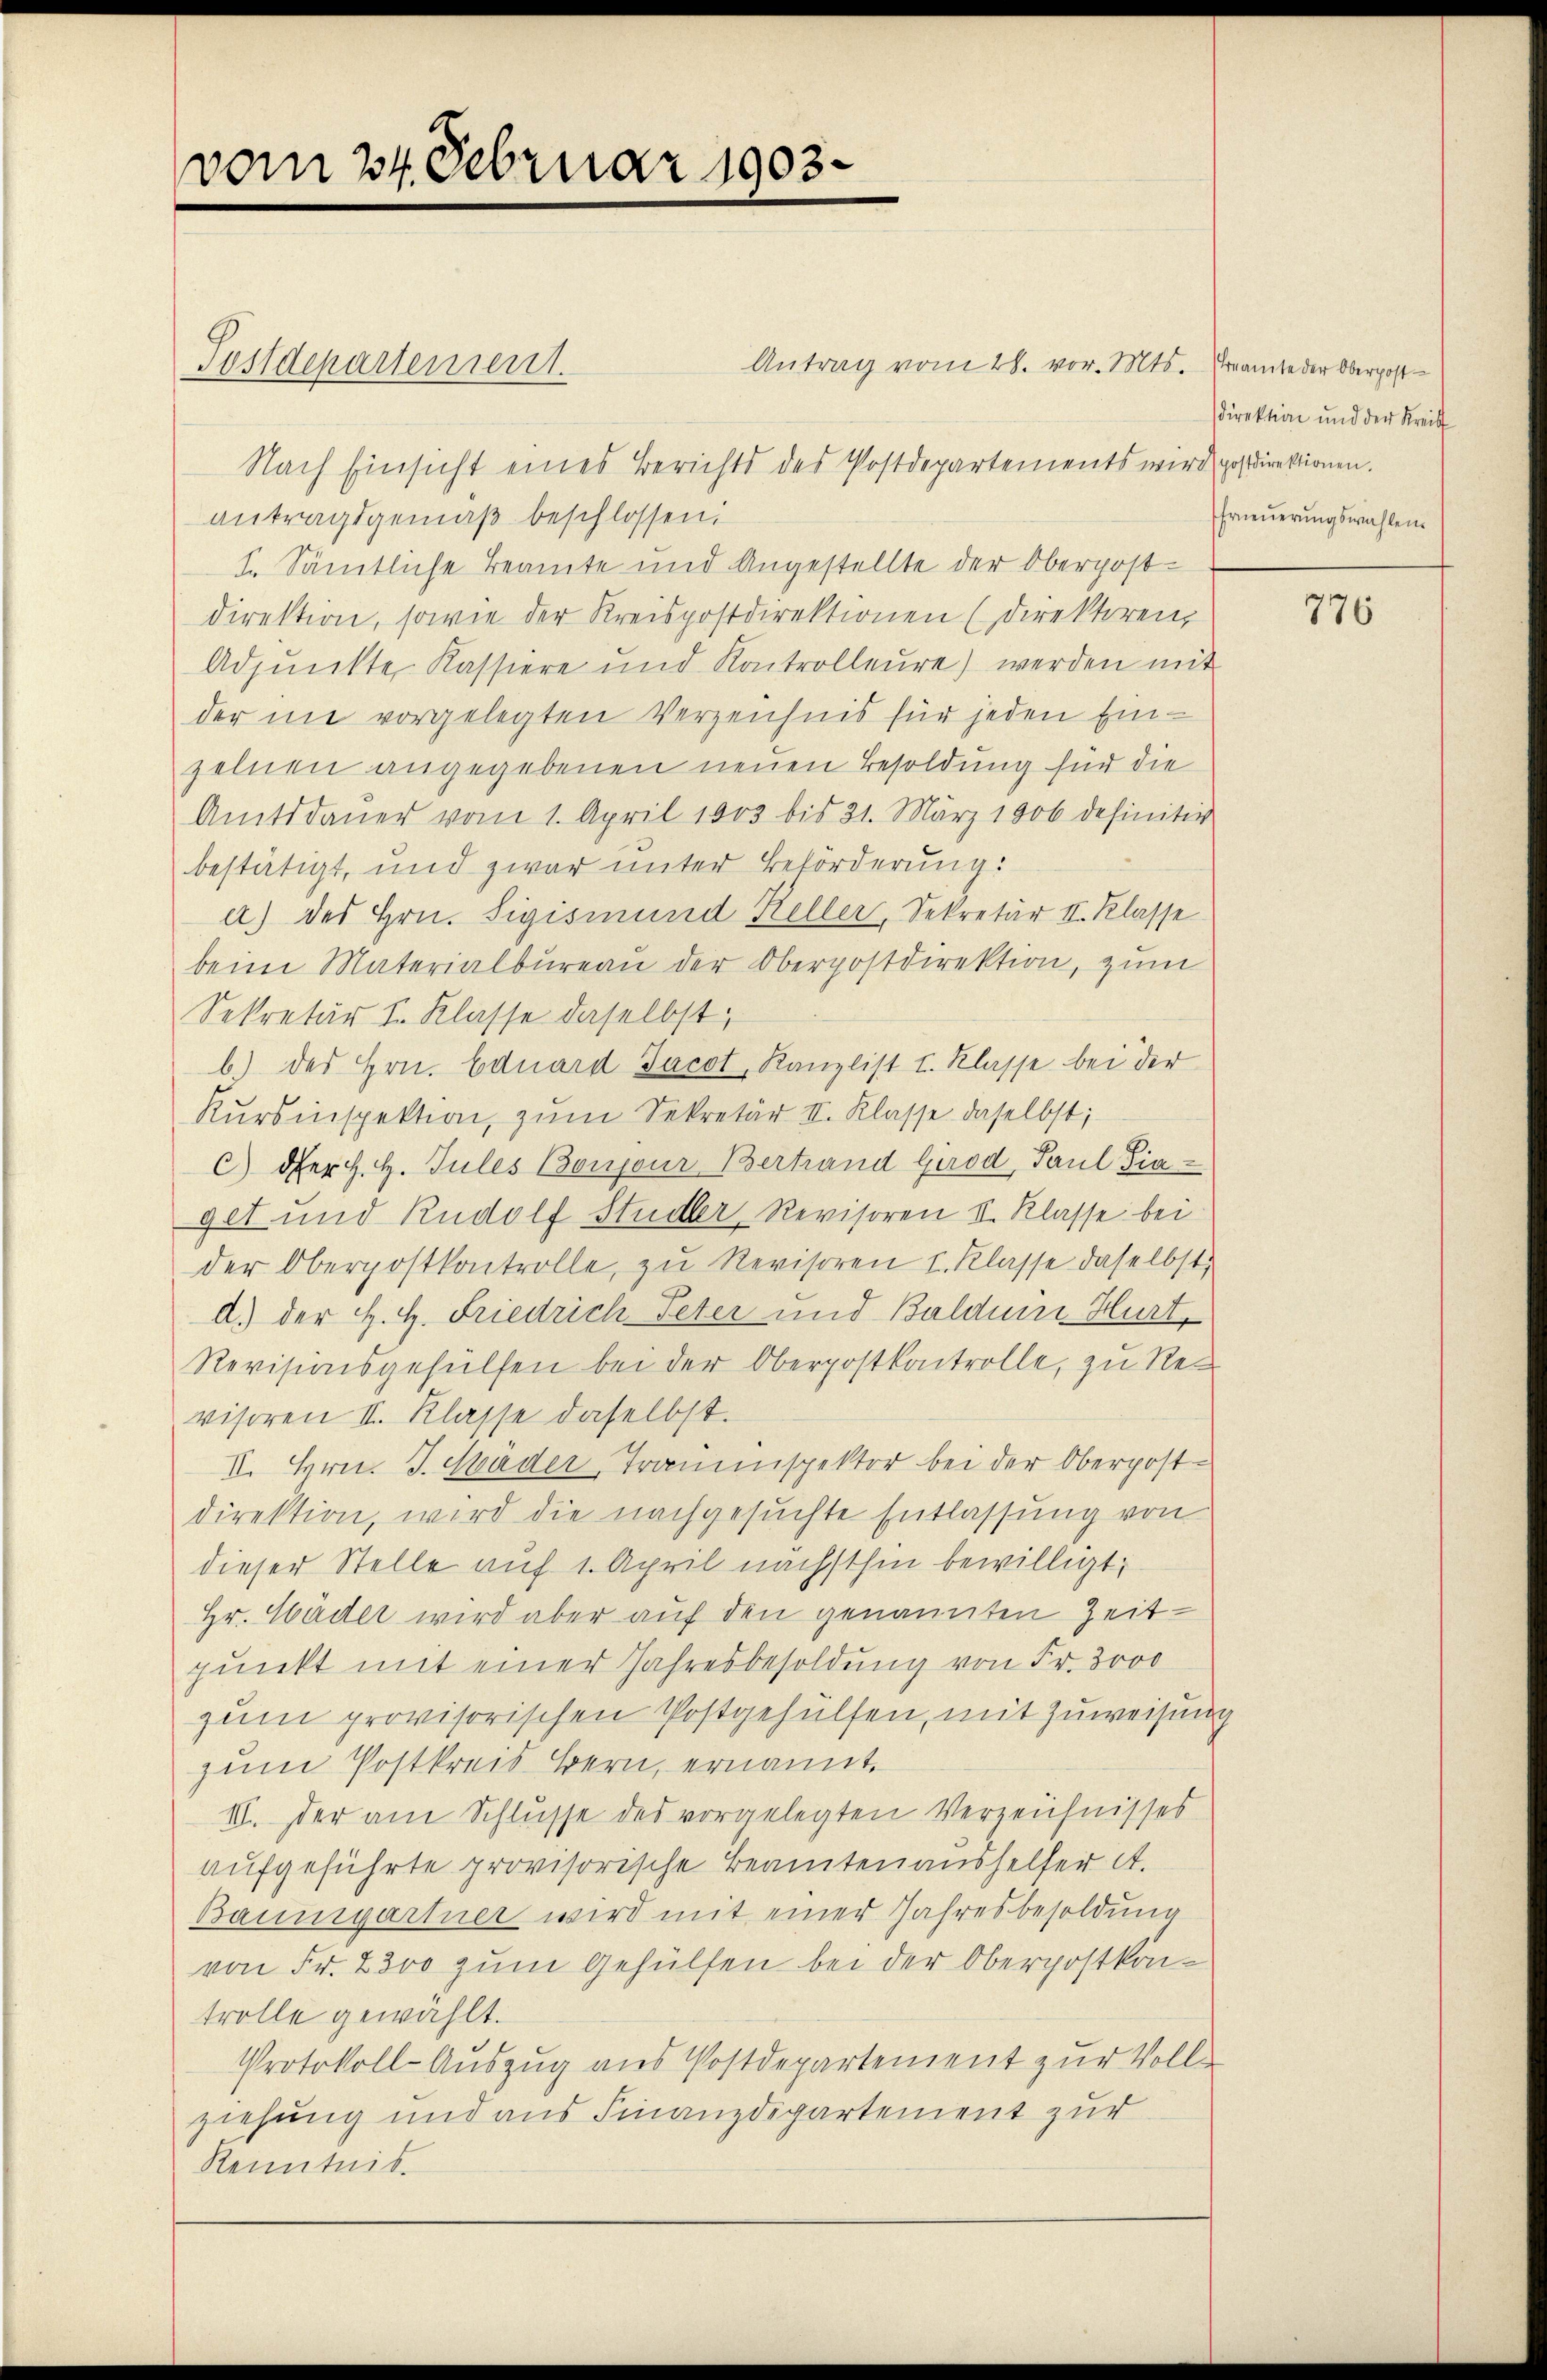
vom 24. Februar 1903.

Antrag vom 28. vor. Mts. Ernamte der Oberpost
Nach Einsicht eines Berichts des Postdepartements wird postdirektionen.
antragsgemäß beschlossen:
1. Sämtliche Beamte und Angestellte der Oberpost-
direktion, sowie der Kreispostdirektionen (Direktoren,
Adjunkte Kassiere und Kontrolleŭre) werden mit
der nie vorgelegten Verzeichnis für jeden Einzelnen angegebenen neuen Besoldung für die
Amtsdauer vom 1. April 1803 bis 21. März 1906 definitiv
bestätigt, und zwar unter Beförderung:
a.) des Hrn. Sigismund Keller, Sekretär II. Klasse
beim Materialbureau der Oberpostdirektion, zum
Sekretär I. Klasse daselbst;
b.) des Hrn. Eduard Jacot, Kanzlist I. Klasse bei der
Kursinspektion, zum Sekretär II. Klasse daselbst;
c) der H. H. Jules Boujour Vertrand Girod, Paul Piaget und Rudolf Studler, Revisoren II. Klasse bei
der Oberpostkontrolle, zu Revisoren I. Klasse daselbst,
d.) der H. H. Friedrich Peter und Baldum Hurt,
Revisionsgehülfen bei der Oberpostkontrolle, zu Neu
visoren II. Klasse daselbst.
II. Hrn. J. Häder, Trauenspektor bei der Oberpostdirektion, wird die nachgesuchte Entlassung von
dieser Stelle auf 1. April nächsthin bewilligt;
Hr. Häder wird aber auf den genannten Zeit-
punkt mit einer Jahresbesoldung von Fr. 3000
zum provisorischen Postgehülfen, mit Zuweisung
zum Postkreis Bern, ernannt.
III. Der am Schlusse des vorgelegten Verzeichnisses
aufgeführte provisorische Beamten aushelfer et.
Baumgartner wird mit einer Jahresbesoldung
von Fr. 2300 zum Gehülfen bei der Oberpostkontrolle gewählt.
Protokoll-Auszug aus Postdepartement zur Vollziehung und aus Finanzdepartement zur
Kenntnis.

Tystdepartement.

direktion und der Streif
freuerungswahlen.

776